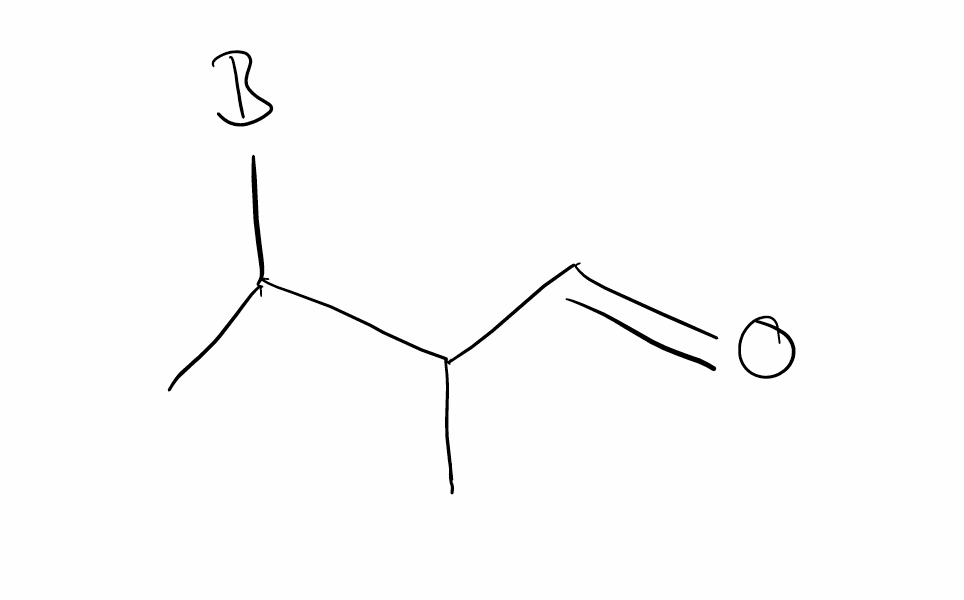
Simplified molecular-input line-entry system (SMILES) notation of the given molecule:
[B]C(C)C(C)C=O